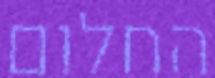
החלום